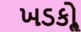
ખડકોૢ